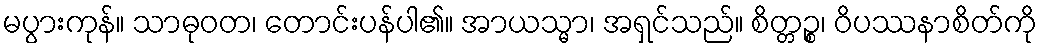
မပွားကုန်။ သာဓုဝတ၊ တောင်းပန်ပါ၏။ အာယသ္မာ၊ အရှင်သည်။ စိတ္တဉ္စ၊ ဝိပဿနာစိတ်ကို